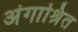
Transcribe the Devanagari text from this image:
अंगाश्रित